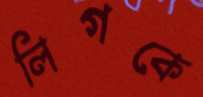
লিগকে